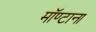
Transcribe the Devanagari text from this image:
मॉण्टाना